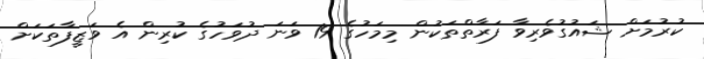
ކުރުމަށް ޝައުގުވެރިވާ ފަރާތްތަކުން މިމަހުގެ 19 ވަނަ ދުވަހުގެ ކުރިން އެ ވަޒީފާތަކަށް